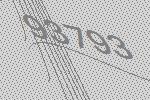
93793